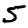
Digit: 5